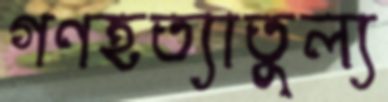
গণহত্যাতুল্য